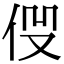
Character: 𠈧